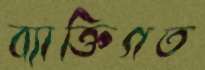
ব্যাক্তিগত